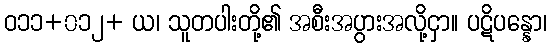
ဝ၁၁+၀၁၂+ ယ၊ သူတပါးတို့၏ အစီးအပွားအလို့ငှာ။ ပဋိပန္နော၊